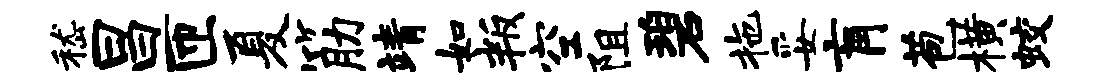
嵇昌匝夏筋靖如叛空阻碧拖妥肓苞横蛟